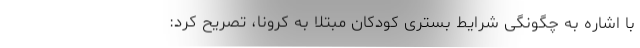
با اشاره به چگونگی شرایط بستری کودکان مبتلا به کرونا، تصریح کرد: